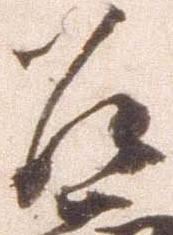
道